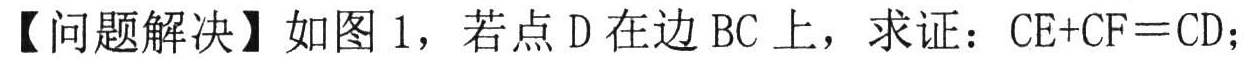
【问题解决】如图 1，若点 D 在边 BC 上，求证：CE+CF=CD；